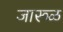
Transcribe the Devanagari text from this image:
जारूळ